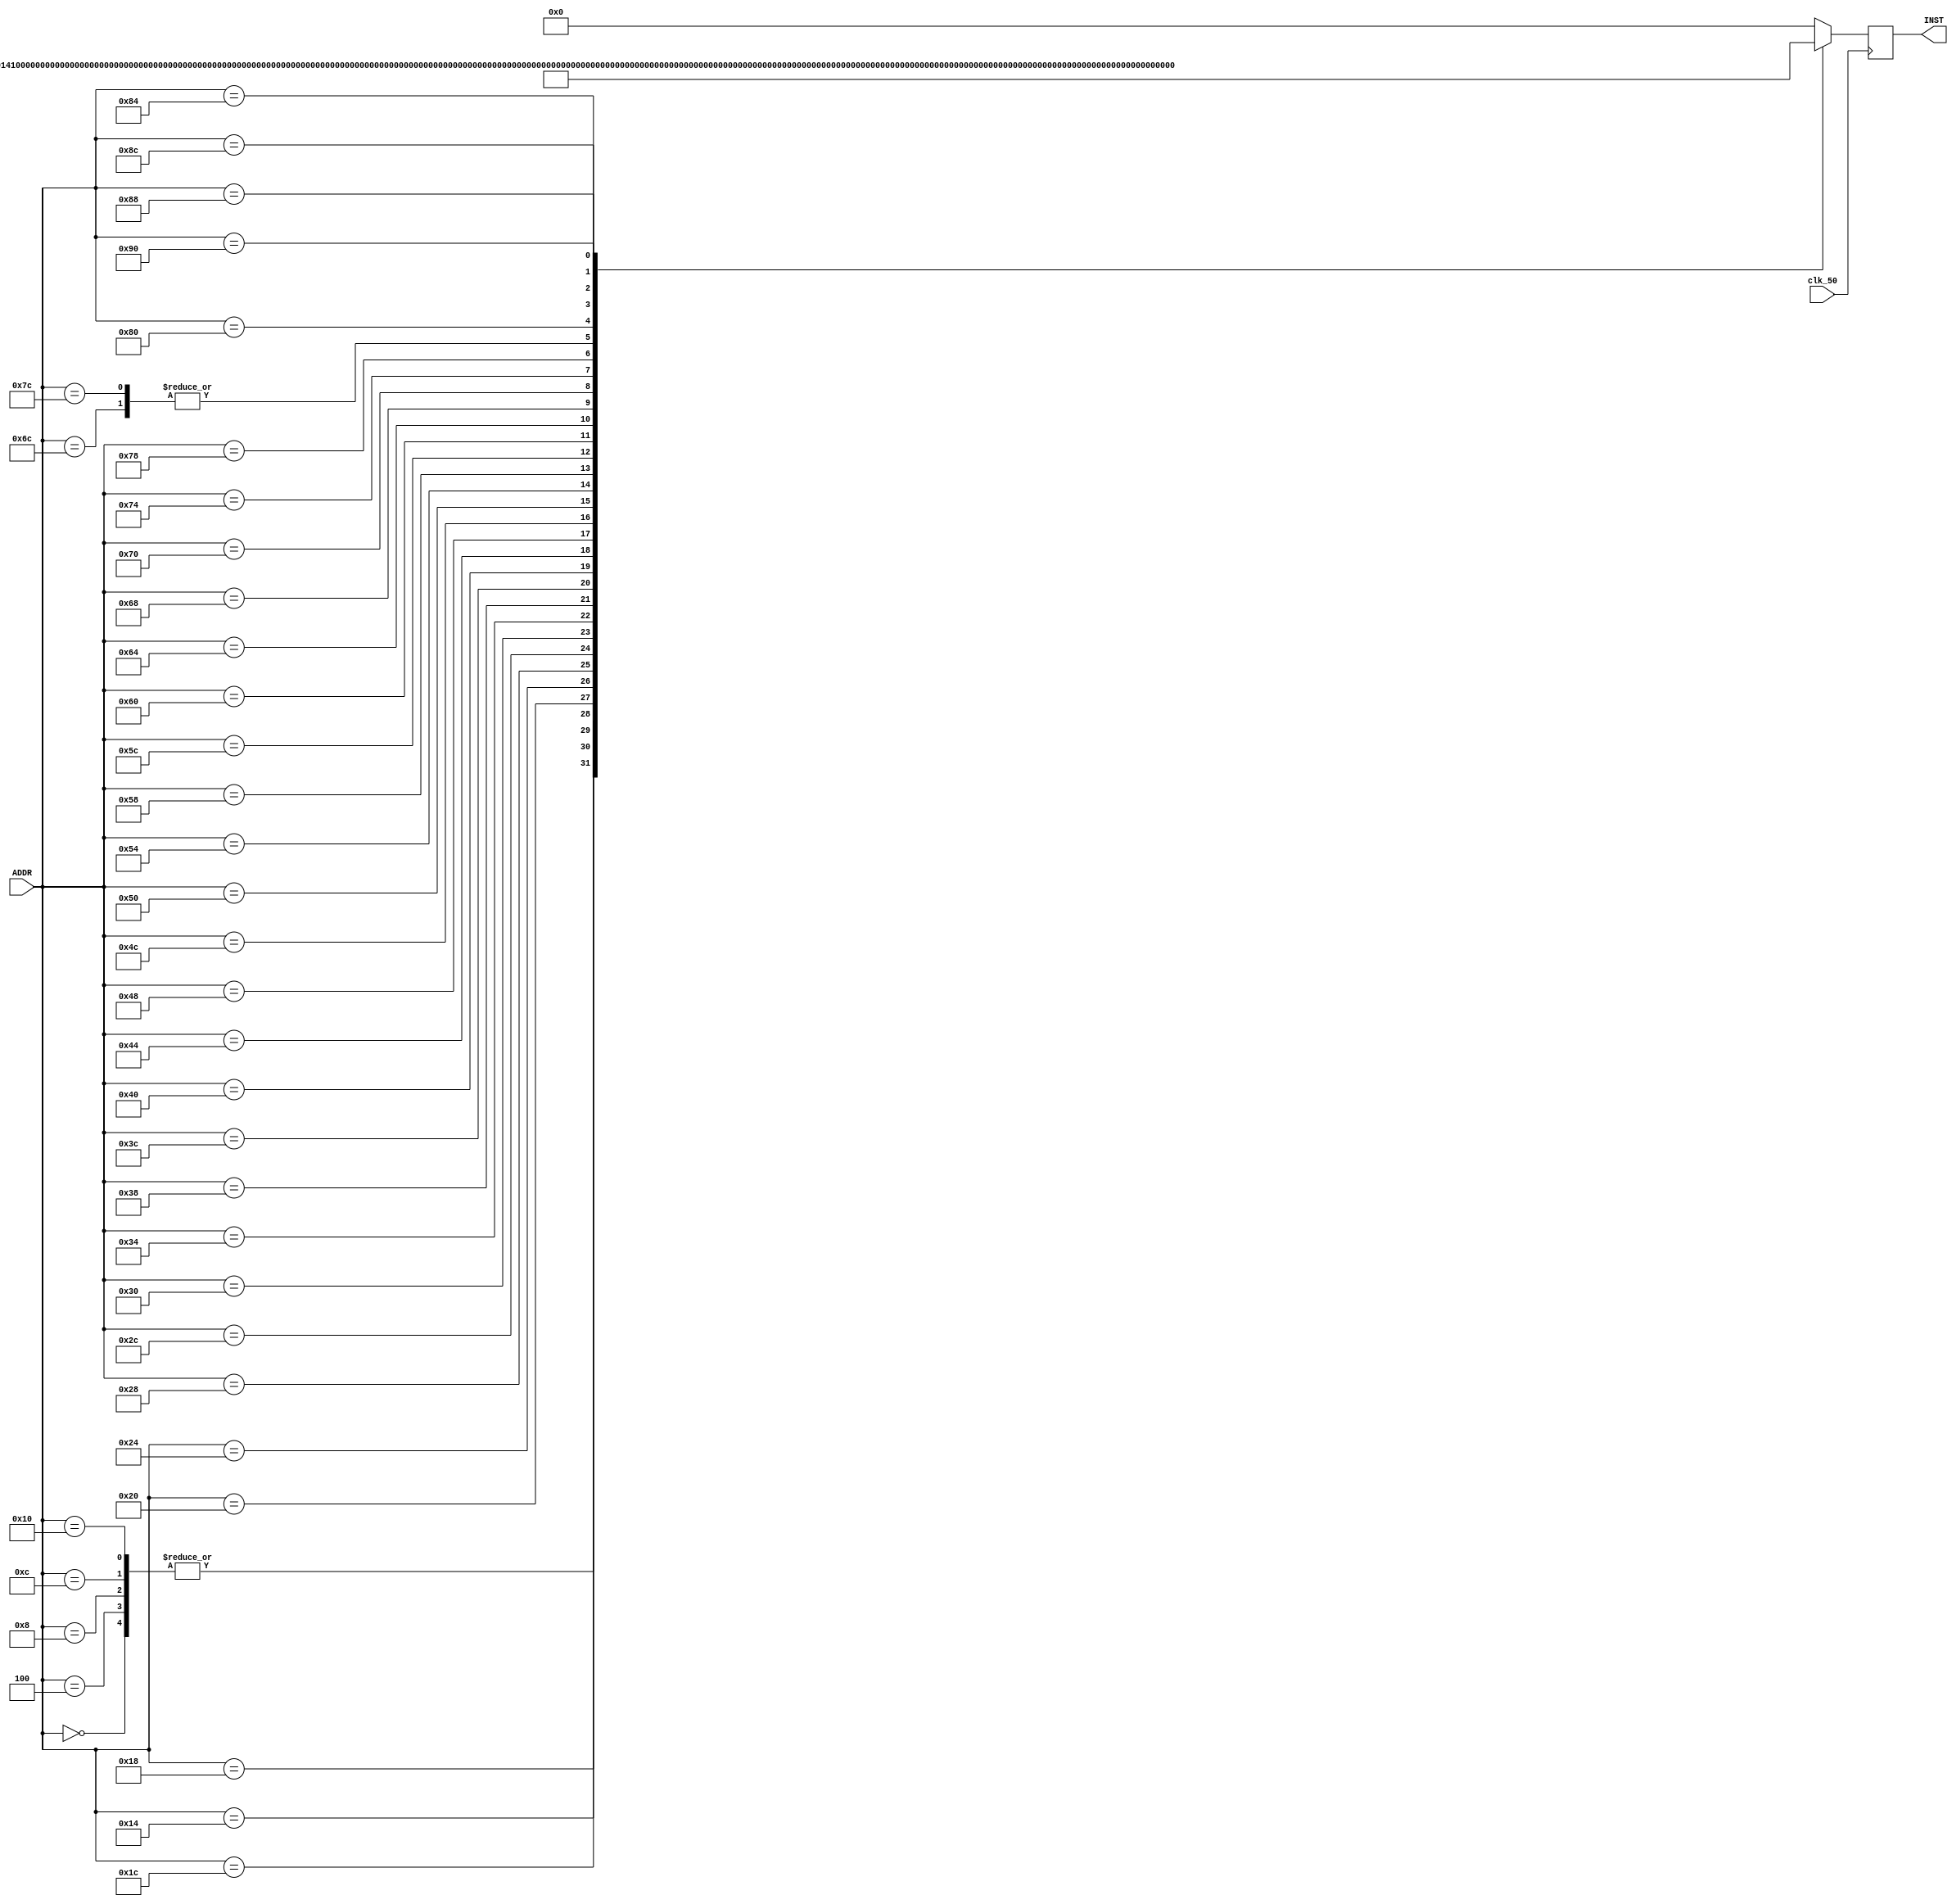
// INST MEM 
//  memory   pc  case   ROM  

module INST_MEM
(  
   input             clk_50   ,
   input    [31:0]   ADDR     ,
   output   [31:0]   INST
);
  
   //bge 3, beq 3
   reg    [31:0]   INST_r;
   always @ (posedge clk_50)
   begin
      INST_r = 32'b0;
    
      /* Bubble sort instructions */
      
      case(ADDR)
         0: INST_r = 32'h00000013;        //         addi x0, x0, 0
         4: INST_r = 32'h00000013;        //         addi x0, x0, 0
         8: INST_r = 32'h00000013;        //         addi x0, x0, 0
         12: INST_r = 32'h00000013;       //         addi x0, x0, 0
         16: INST_r = 32'h00000013;       //         addi x0, x0, 0
         20: INST_r = 32'hff810113;       //         addi sp, sp, -8   #save s4, s4 on stack *
         24: INST_r = 32'h01412223;       //         sw s4, 4(sp)      #int j *
         28: INST_r = 32'h01312023;       //         sw s3, 0(sp)      #int i *
         32: INST_r = 32'h00000993;       //         addi s3, zero, 4  #i = 4
         36: INST_r = 32'h00000a13;       //         addi s4, zero, 0  #j = 0
         40: INST_r = 32'h00000513;       //Loop 1:  addi a0, s1, 0   #download base addr of arry[] at a0 -> 0
         44: INST_r = 32'h02800613;       //         addi a2, s2, 40     #download size of arry[](=n) at a2 -> 10 * 4  //028  02c 190
         48: INST_r = 32'h00050293;       //         addi t0, a0, 0     #copy of a0
         52: INST_r = 32'h04c9d863;       //         bge s3, a2, Exit   #j is bigger than n or equal
         56: INST_r = 32'h00000e33;       //         add t3, zero, zero #tmp reset
         60: INST_r = 32'hFFC60E13;       //         addi t3, a2, -4       <original : 32'h41360e33, sub t3, a2, s3     #tmp resigter t3 = n-i>
         64: INST_r = 32'h000a0f13;       //         addi t5, s4, 0     #copy of j
         68: INST_r = 32'h03cf5863;       //Loop 2:  bge t5, t3, Exit1 #j is bigger than n-i or equal
         72: INST_r = 32'h0002a503;       //         lw a0, 0(t0)      #t1 = arr[j] data
         76: INST_r = 32'h0042a583;       //         lw a1, 4(t0)      #t2 = arr[j+1] data
         80: INST_r = 32'h00428293;       //         addi t0, t0, 4    #t0 = arr[j+1] address
         84: INST_r = 32'h02a5d463;       //         bge a1, a0, Exit2 #arry[j+1] data is bigger than arry[j] or equal
         88: INST_r = 32'h00050f93;       //         addi t6, a0, 0     #swap, t6 is tmp register
         92: INST_r = 32'h00058513;       //         addi a0, a1, 0
         96: INST_r = 32'h000f8593;       //         addi a1, t6, 0
         100: INST_r = 32'hfea2ae23;      //         sw a0, -4(t0)     #save memory
         104: INST_r = 32'h00b2a023;      //         sw a1, 0(t0)
         108: INST_r = 32'h004f0f13;      //         addi t5, t5, 4    #j++
         112: INST_r = 32'hfc000ae3;      //         beq zero, zero, Loop2
         116: INST_r = 32'h00498993;      //Exit1 : addi s3, s3, 4           // i++
         120: INST_r = 32'hfa0008e3;      //         beq zero, zero, Loop1
         124: INST_r = 32'h004f0f13;      //Exit2:  addi t5, t5, 4           // j++
         128: INST_r = 32'hfc0002e3;      //         beq zero, zero, Loop2
         132: INST_r = 32'h00013983;      ///Exit : lw s3, 0(sp)
         136: INST_r = 32'h00413a03;      //         lw s4, 4(sp)
         140: INST_r = 32'h00810113;      //         addi sp, sp, 8
         144: INST_r = 32'h00a54533;      //        xor a0, a0, a0
         default: INST_r = 32'h00000000;
      endcase
      
      
      /* matrix multiplication instructions */
      /*
      case(ADDR)
         0: INST_r = 32'h00000013;        //       addi x0, x0, 0
         4: INST_r = 32'h00000013;        //       addi x0, x0, 0
         8: INST_r = 32'h00000013;        //       addi x0, x0, 0
         12: INST_r = 32'h00000013;       //       addi x0, x0, 0
         16: INST_r = 32'h00000013;       //       addi x0, x0, 0
         20: INST_r = 32'hff410113;       //       addi sp, sp -12
         24: INST_r = 32'h00912423;       //       sw s1, 8(sp)         # int i;
         28: INST_r = 32'h01212223;       //       sw s2, 4(sp)         # int j;
         32: INST_r = 32'h01312023;       //       sw s3, 0(sp)         # int k;
         36: INST_r = 32'h00000493;       //       addi s1, zero, 0     # i = 0;
         40: INST_r = 32'h00000913;       //       addi s2, zero, 0     # j = 0;
         44: INST_r = 32'h00000993;       //       addi s3, zero, 0     # k = 0;
         48: INST_r = 32'h00000513;       //       addi a0, zero, 0     # A[][] start address
         52: INST_r = 32'h02400593;       //       addi a1, zero, 36    # B[][] start address
         56: INST_r = 32'h04800613;       //       addi a2, zero, 72    # C[][] start address
         60: INST_r = 32'h00300693;       //       addi a3, zero, 3     #  3;
         64: INST_r = 32'h00090713;       // L1:   addi a4, s2, 0       # copy j to a4
         68: INST_r = 32'h08d4d263;       //       bge s1, a3, Exit     # i >= 3 -> i++ 
         72: INST_r = 32'h00048293;       // L2:   addi t0, s1, 0       # copy i to t0
         76: INST_r = 32'h06d75263;       //       bge a4, a3, IPP      # j >= 3 -> j++
         80: INST_r = 32'h02d282b3;       //       mul t0, t0, a3       # i = 3*i,  here is MULT
         84: INST_r = 32'h00e28333;       //       add t1, t0, a4       # t1 = 3*i + j
         88: INST_r = 32'h00231313;       //       slli t1, t1, 2     	# word =* 4
         92: INST_r = 32'h00c30333;       //       add t1, t1, a2       # C[i][j]s addr
         96: INST_r = 32'h00032023;       //       sw zero, 0(t1)       # sotre 0 for init   
         100: INST_r = 32'h00098793;      //       addi a5, s3, 0       # copy k to a5 
         104: INST_r = 32'h04d7d863;      // L3:   bge a5, a3, JPP     	# k >= 3 -> k++
         108: INST_r = 32'h00f283b3;      //       add t2, t0, a5    	# t2 = 3*i + k
         112: INST_r = 32'h00239393;      //       slli t2, t2, 2       # word *= 4
         116: INST_r = 32'h00a383b3;      //       add t2, t2, a0    	# A[i][k]s addr 
         120: INST_r = 32'h0003aa83;      //       lw s5, 0(t2)      	# s5 = A[i][k]                   //stall
         124: INST_r = 32'h02f68e33;      //       mul t3, a3, a5    	# t3 = 3*k, here is MULT   00a383b3;      //       add t2, t2, a0    	# A[i][k]s addr
         128: INST_r = 32'h00ee0e33;      //       add t3, t3, a4    	# t3 = 3*k + j
         132: INST_r = 32'h002e1e13;      //       slli t3, t3, 2    	# word *= 4  
         136: INST_r = 32'h00be0e33;      //       add t3, t3, a1    	# B[k][j]s addr                   //stall
         140: INST_r = 32'h000e2b03;      //       lw s6, 0(t3)      	# s6 = B[k][j]
         144: INST_r = 32'h00e28eb3;      //       add t4, t0, a4    	# t4 = 3*i+j     
         148: INST_r = 32'h002e9e93;      //       slli t4, t4, 2    	# word *= 4
         152: INST_r = 32'h00ce8eb3;      //       add t4, t4, a2    	# C[i][j]s addr
         156: INST_r = 32'h036a8f33;      //       mul t5, s5, s6    	# mult two matrixes, here is MULT   
         160: INST_r = 32'h000eaf83;      //       lw t6, 0(t4)      	# get existing value there
         164: INST_r = 32'h01ff0f33;      //       add t5, t5, t6    	# and add calculated + existing
         168: INST_r = 32'h01eea023;      //       sw t5, 0(t4)      	# add values to array C
         172: INST_r = 32'h00000a63;      //       beq zero, zero, KPP  # k++
         176: INST_r = 32'h00148493;      // IPP:  addi s1, s1, 1
         180: INST_r = 32'hf80006e3;      //       beq zero, zero, L1
         184: INST_r = 32'h00170713;      // JPP:  addi a4, a4, 1
         188: INST_r = 32'hf80006e3;      //       beq zero, zero, L2
         192: INST_r = 32'h00178793;      // KPP:  addi a5, a5, 1
         196: INST_r = 32'hfa0002e3;      //       beq zero, zero, L3
         200: INST_r = 32'h01412823;      // Exit: sw s4, 16(sp)        #restore stacks
         204: INST_r = 32'h01212623;      //       sw s2, 12(sp)
         208: INST_r = 32'h01312423;      //       sw s3, 8(sp) 
         212: INST_r = 32'h01512223;      //       sw s5, 4(sp)   
         216: INST_r = 32'h01612023;      //       sw s6, 0(sp)    
         220: INST_r = 32'hfec10113;      //       addi sp, sp, -20
         224: INST_r = 32'h00a54533;      //       xor a0, a0, a0
         default: INST_r = 32'h00000000;
      endcase
      */
   end

   assign INST = INST_r;

   
endmodule